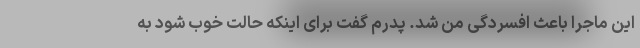
این ماجرا باعث افسردگی من شد. پدرم گفت برای اینکه حالت خوب شود به